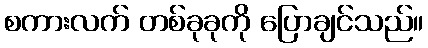
စကားလက် တစ်ခုခုကို ပြောချင်သည်။